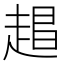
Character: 𬦏